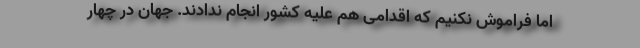
اما فراموش نکنیم که اقدامی هم علیه کشور انجام ندادند. جهان در چهار